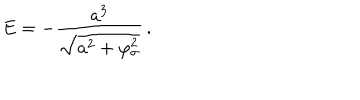
LaTeX: E = - \frac { a ^ { 3 } } { \sqrt { a ^ { 2 } + \varphi _ { \sigma } ^ { 2 } } } \, .